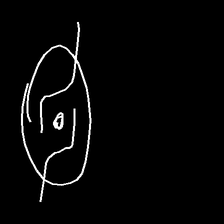
Glyph: repetition